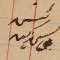
رئيس يوسف زينه